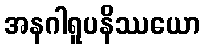
အနဂါရူပနိဿယော